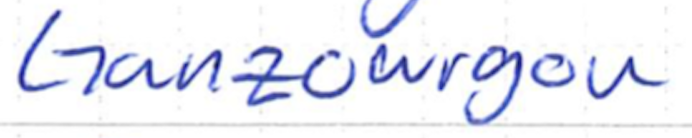
Text: Ganzourgou
Cross-out: clean
Writing tool: ballpoint